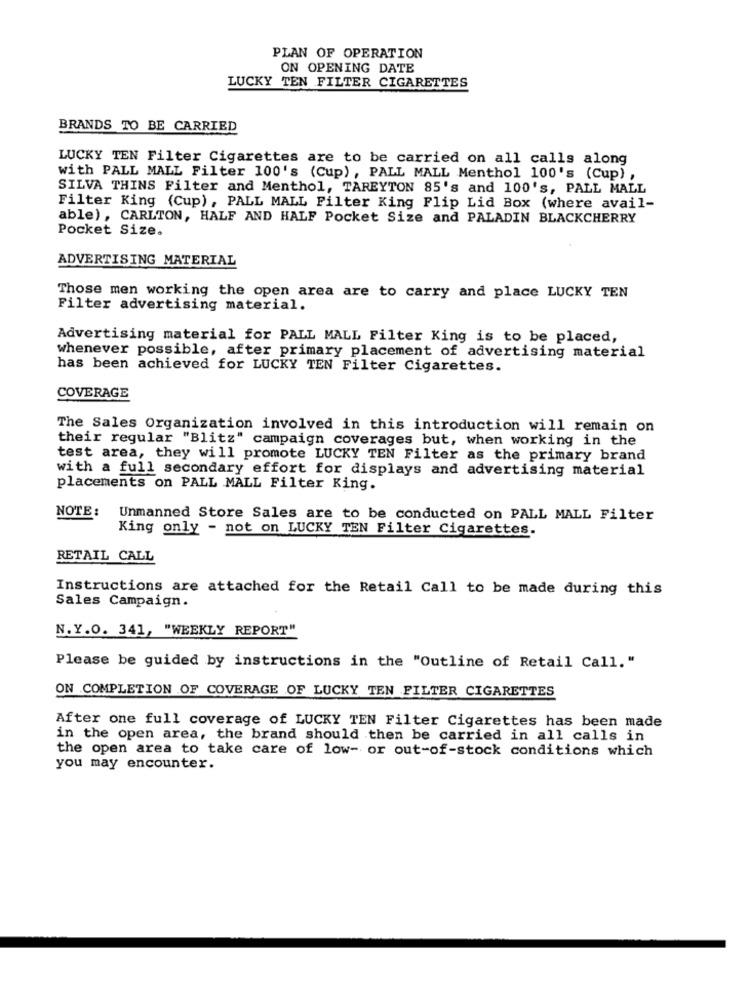
PLAN OF OPERATION
ON OPENING DATE
LUCKY TEN FILTER CIGARETTES
BRANDS TO BE CARRIED
LUCKY TEN Filter Cigarettes are to be carried on all calls along
with PALL MALL Filter 100's (Cup) , PALL MALL Menthol 100's (Cup) ,
SILVA THINS Filter and Menthol, TAREYTON 85's and 100's, PALL MALL
Filter King (Cup), PALL MALL Filter King Flip Lid Box (where avail-
able), CARLTON, HALF AND HALF Pocket Size and PALADIN BLACKCHERRY
Pocket Size.
ADVERTISING MATERIAL
Those men working the open area are to carry and place LUCKY TEN
Filter advertising material.
Advertising material for PALL MALL Filter King is to be placed,
whenever possible, after primary placement of advertising material
has been achieved for LUCKY TEN Filter Cigarettes.
COVERAGE
The Sales Organization involved in this introduction will remain on
their regular "Blitz" campaign coverages but, when working in the
test area, they will promote LUCKY TEN Filter as the primary brand
with a full secondary effort for displays and advertising material
placements on PALL MALL Filter King.
NOTE:
Unmanned Store Sales are to be conducted on PALL MALL Filter
King only - not on LUCKY TEN Filter Cigarettes.
RETAIL CALL
Instructions are attached for the Retail Call to be made during this
Sales Campaign.
N. Y.O. 341, "WEEKLY REPORT"
Please be guided by instructions in the "Outline of Retail Call."
ON COMPLETION OF COVERAGE OF LUCKY TEN FILTER CIGARETTES
After one full coverage of LUCKY TEN Filter Cigarettes has been made
in the open area, the brand should then be carried in all calls in
the open area to take care of low- or out-of-stock conditions which
you may encounter.